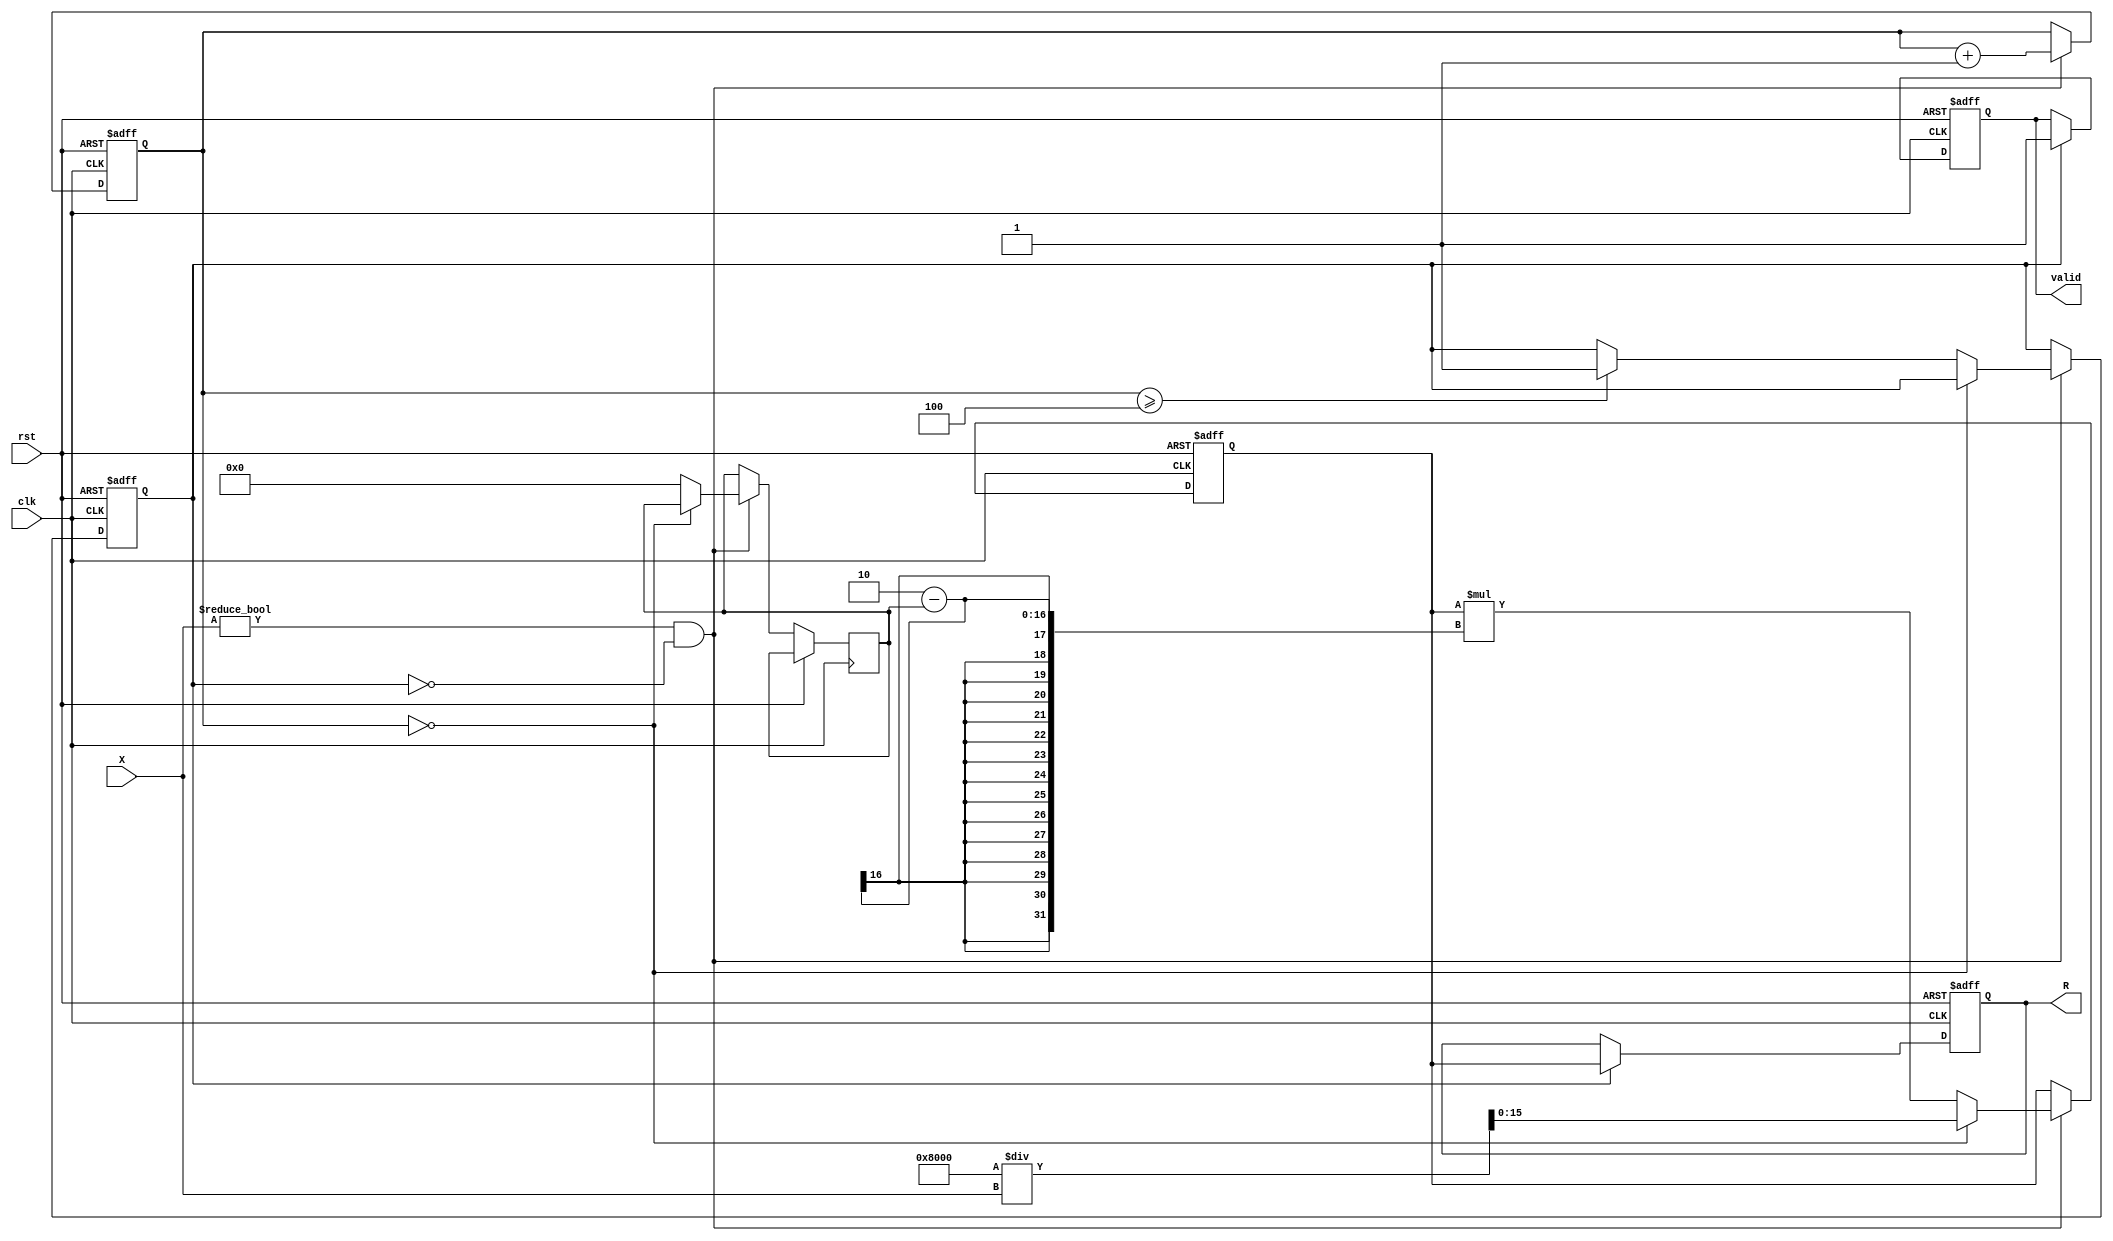
module BitwiseReciprocal #(
    parameter N = 16 // Configurable bit-width
) (
    input  wire [N-1:0] X, // Input number (non-zero)
    input  wire clk,       // Clock signal
    input  wire rst,       // Reset signal
    output reg  [N-1:0] R, // Reciprocal output
    output reg  valid      // Output valid signal
);

    // Internal signals
    reg [N-1:0] approx; // Current approximation
    reg [N-1:0] error;  // Error calculation
    reg [N-1:0] target; // Target value (2^N)
    reg [3:0] iteration; // Iteration counter
    reg done;           // Convergence flag

    // Initialize target value (2^N)
    initial begin
        target = 1 << N; // 2^N
    end

    // Main computation block
    always @(posedge clk or posedge rst) begin
        if (rst) begin
            R <= 0;
            approx <= 0;
            valid <= 0;
            iteration <= 0;
            done <= 0;
        end else begin
            if (X != 0 && !done) begin
                // Initial approximation based on leading bits of X
                if (iteration == 0) begin
                    approx <= (1 << (N-1)) / X; // Initial guess
                    iteration <= iteration + 1;
                end else begin
                    // Newton-Raphson iteration
                    error <= (approx * X) >> N; // Calculate error
                    approx <= approx * (2 - error); // Update approximation
                    iteration <= iteration + 1;

                    // Check for convergence
                    if (iteration >= 4) begin // Arbitrary number of iterations
                        done <= 1;
                    end
                end
            end

            // Output the final result
            if (done) begin
                R <= approx;
                valid <= 1; // Indicate output is valid
            end
        end
    end

endmodule